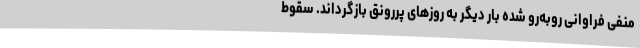
منفی فراوانی روبه‌رو شده بار دیگر به روزهای پررونق بازگرداند. سقوط